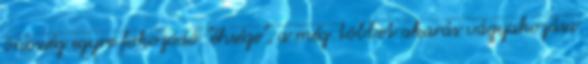
önösség egyre fokozódó "éhsége", a még többet akarás vágyakozása